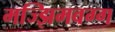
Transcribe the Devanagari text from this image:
मज्झिमवग्ग